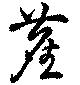
塵